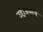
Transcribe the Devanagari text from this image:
उद्दोजकांचे